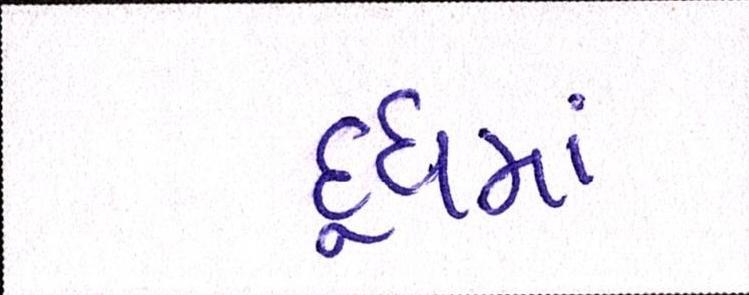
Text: દૂધમાં